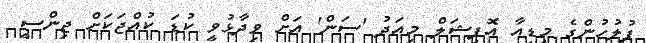
ފުލުހުންގެ މީޑިއާ އޮފިޝަލް މިއަދު 'ސަން' އަށް ވިދާޅުވީ ކުޑަ ކުއްޖަކަށް ޖިންސީ